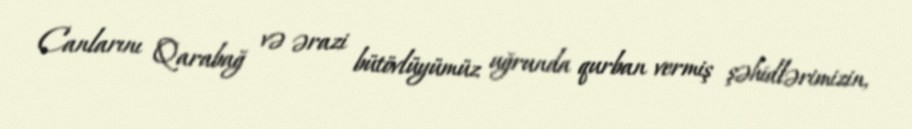
Canlarını Qarabağ və ərazi bütövlüyümüz uğrunda qurban vermiş şəhidlərimizin,